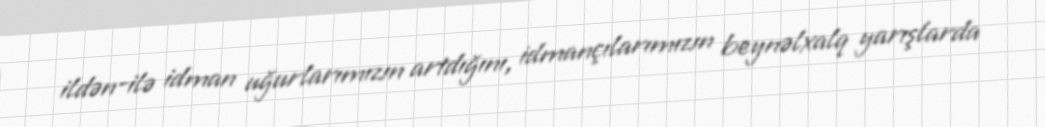
ildən-ilə idman uğurlarımızın artdığını, idmançılarımızın beynəlxalq yarışlarda